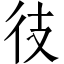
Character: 𫹍